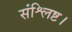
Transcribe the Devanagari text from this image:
संश्लिष्ट।